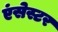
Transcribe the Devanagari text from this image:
एंसेस्टर